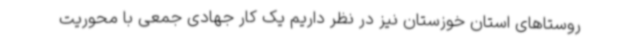
روستاهای استان خوزستان نیز در نظر داریم یک کار جهادی جمعی با محوریت